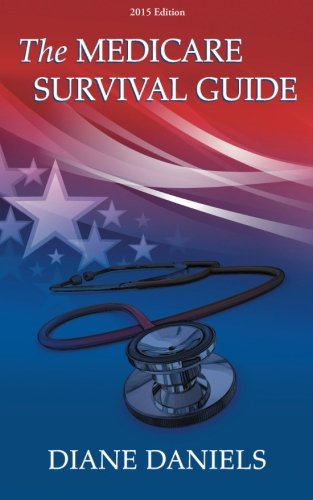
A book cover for The Medicare Survival Guide: 2015 Edition; Diane Daniels; Business & Money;